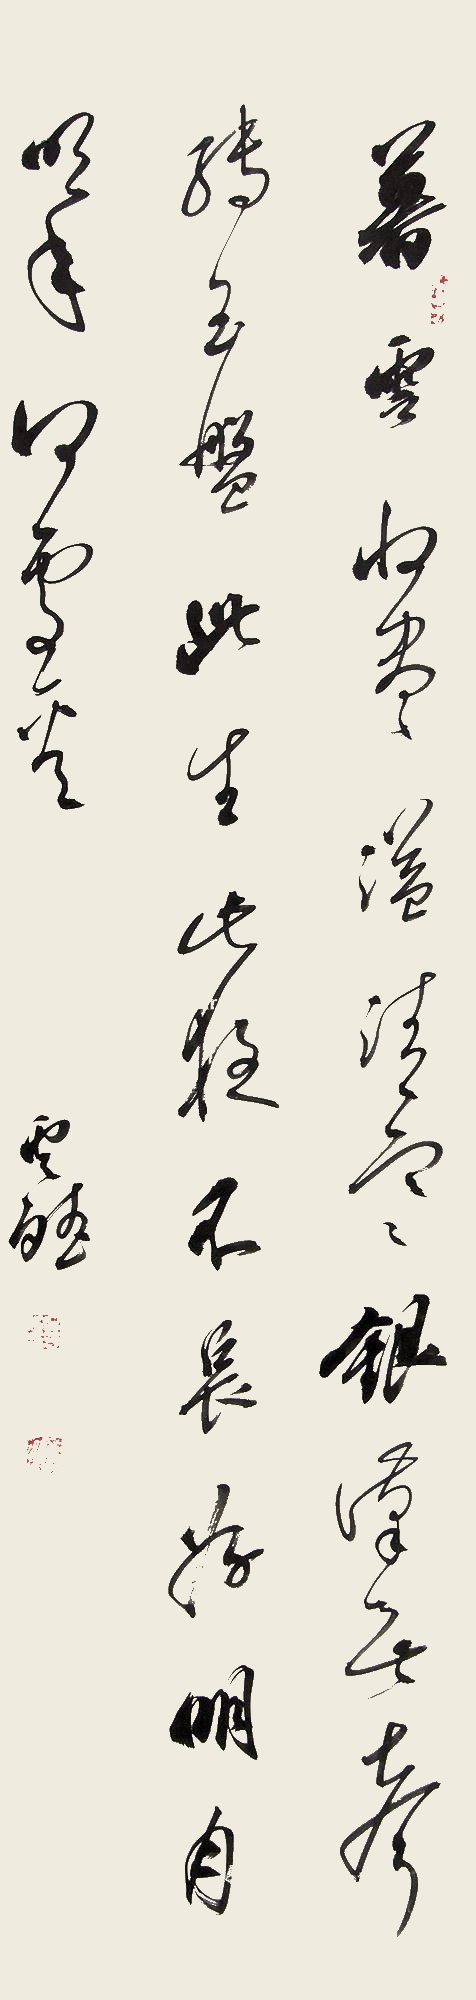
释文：暮云收尽溢清寒，银汉无声转玉盘。此生此夜不长好，明月明年何处看。云斌。